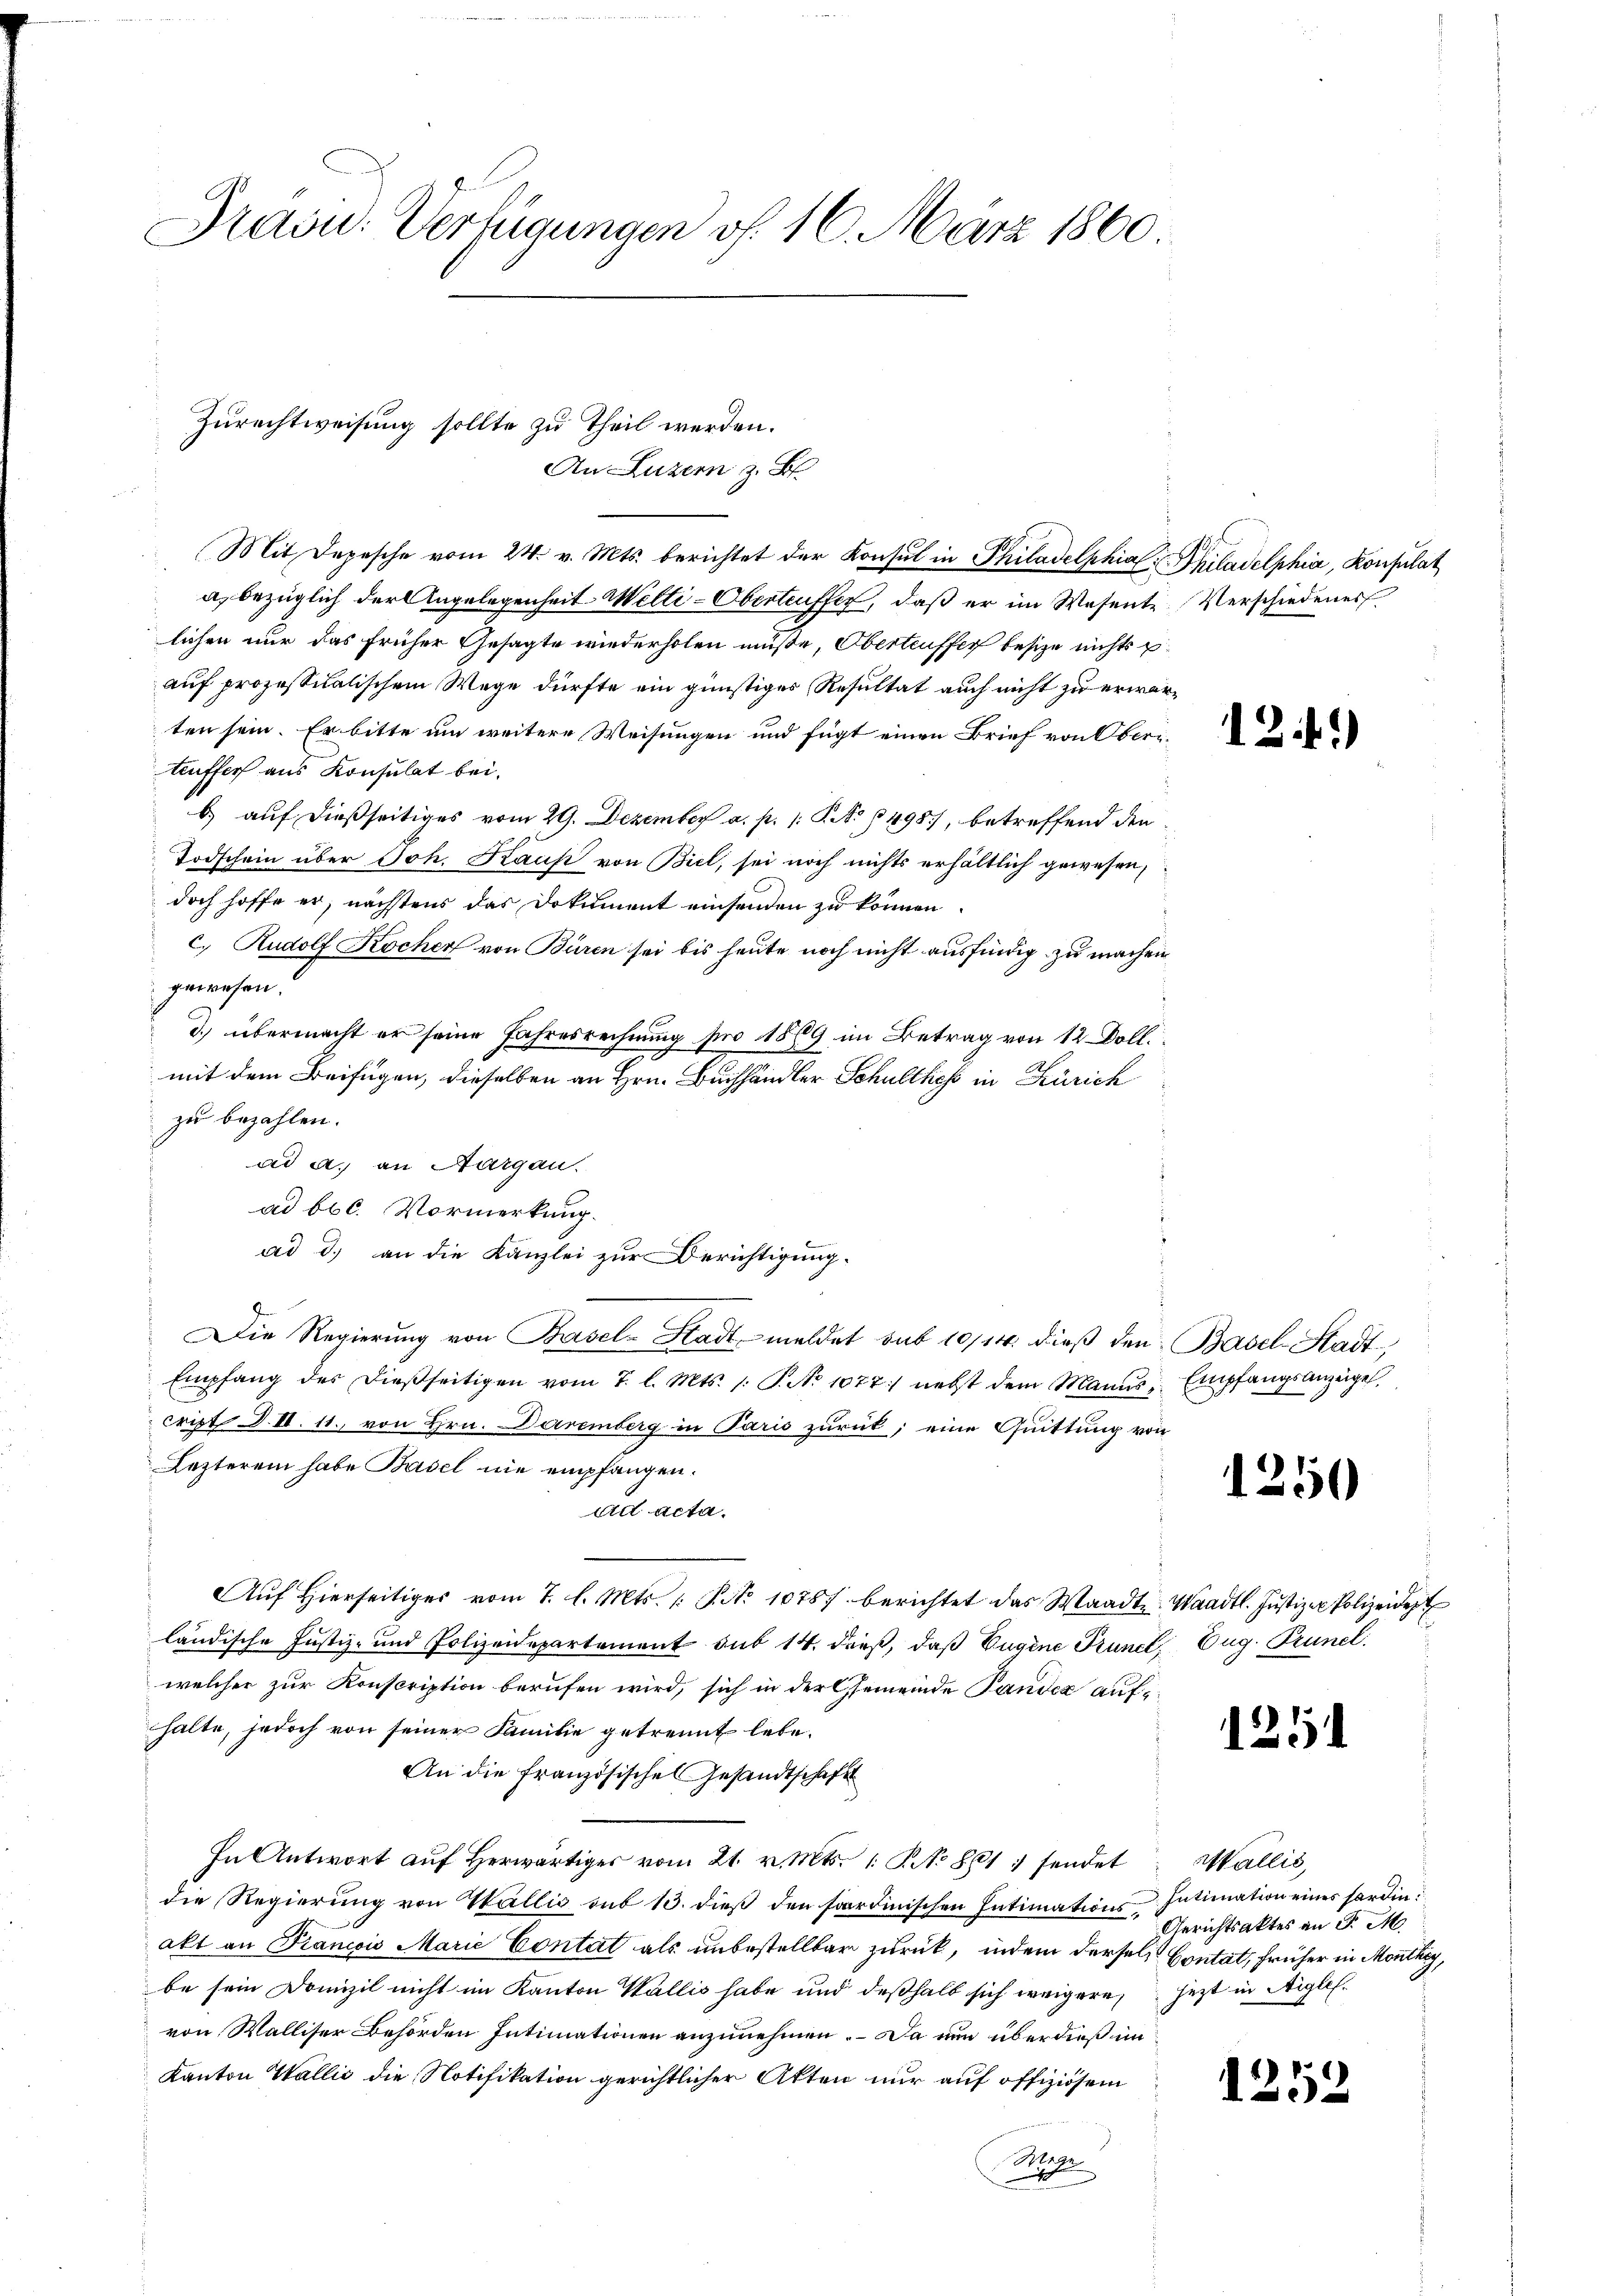
Dravu: Verfügungen f. 16. März 1860.

Zurechtweisung sollte zu Theil werden.
An Luzern z. B.

Mit Depesche vom 24. v. Mts. berichtet der Konsul in Philadelphia. Philadelphia, Konsulat
a, bezüglich der Angelegenheit Welti-Obertreffer, daß er im Wesente
lichen nur das früher Gesagte wiederholen müße, Obertriffer besize nichts p
auf prozessitalischem Wege dürfte ein günstiges Resultat auch nicht zu erwärten sein. Er bitte um weitere Weisungen und fügt einen Brief von Oberteuffer aus Konsulat bei.
b) auf dießseitiges vom 29. Dezember a. p. 1: P. No 498), betreffend den
Todschein über Joh. Kauf von Biel, sei noch nichts erhältlich gewesen,
doch hoffe er, nächstens das Dokument einsenden zu können.
c.) Rudolf Kocher von Büren sei bis heute noch nicht ausfindig zu machen
gewesen.
d.) übermacht er seine Jahresrechnung pro 1889 im Betrag von 12 Doll.
mit dem Beifügen, dieselben an Hrn. Buchhändler Schulthes in Zürich
zu bezahlen.
ad a. an Aargau.
ad bbl. Vormerkung.
Die Regierung von Basel-Stadt, meldet sub 10/14. dieβ den Basel-Stadt
Empfang des dießseitigen vom 7. l. Mts. /: P. No 1077) nebst dem Manns Empfangsanzeigel
cript d. II. 11. von Hrn. Daremberg in Paris zurück; eine Quittung von
Lezteren habe Basel nie empfangen.
ad acta.
Aŭf Hierseitiges vom 7. l. Mts. /: P. No 10787. berichtet das Waadt, Waadt. Justiz - Polizeidept
ländische Justiz- und Polizeidepartement sub 14. dieß, daß Eugene Punct, Zug. Prunel
welcher zur Konscription berufen wird, sich in der Gemeinde Pander auf-
halte, jedoch von seiner Familie getrennt lebe.
An die Französisches Gesandtschaft
In Antwort aŭf herwärtiger vom 21. v. Mts. 1. No 861 sendet
die Regierung von Wallis sub 13. dieß den fordinischen Intimations-Intimation eines hordin
akt an Francois Marie Contat als unbestellbar zurück, indem dersels Contat, früher in Monthey,
be sein Domizil nicht im Kanton Wallis habe und deßhalb sich weigere jetzt in Aiglevon Walliser Behörden Intimationen anzunehmen. Da nun überdieß ein
Kanton Wallis die Notifikation gerichtlicher Akten nur auf offiziösem
Rech

ad 3.) an die Kanzlei zur Berichtigung.

Verschiedenes

124.)

1250

1251

Wallis,
Gerichtsaktes an P. M.

1252